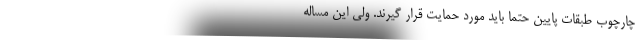
چارچوب طبقات پایین حتماً باید مورد حمایت قرار گیرند. ولی این مساله